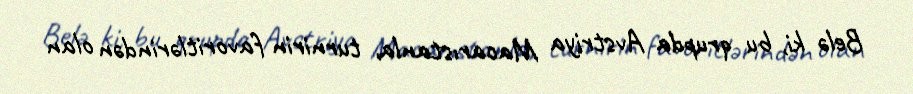
Belə ki, bu qrupda Avstriya Macarıstanla, turnirin favoritlərindən olan